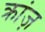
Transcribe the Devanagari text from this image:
क्रांज़